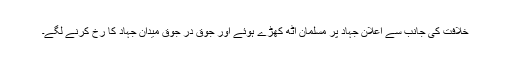
خلافت کی جانب سے اعلانِ جہاد پر مسلمان اٹھ کھڑے ہوئے اور جوق در جوق میدانِ جہاد کا رخ کرنے لگے۔